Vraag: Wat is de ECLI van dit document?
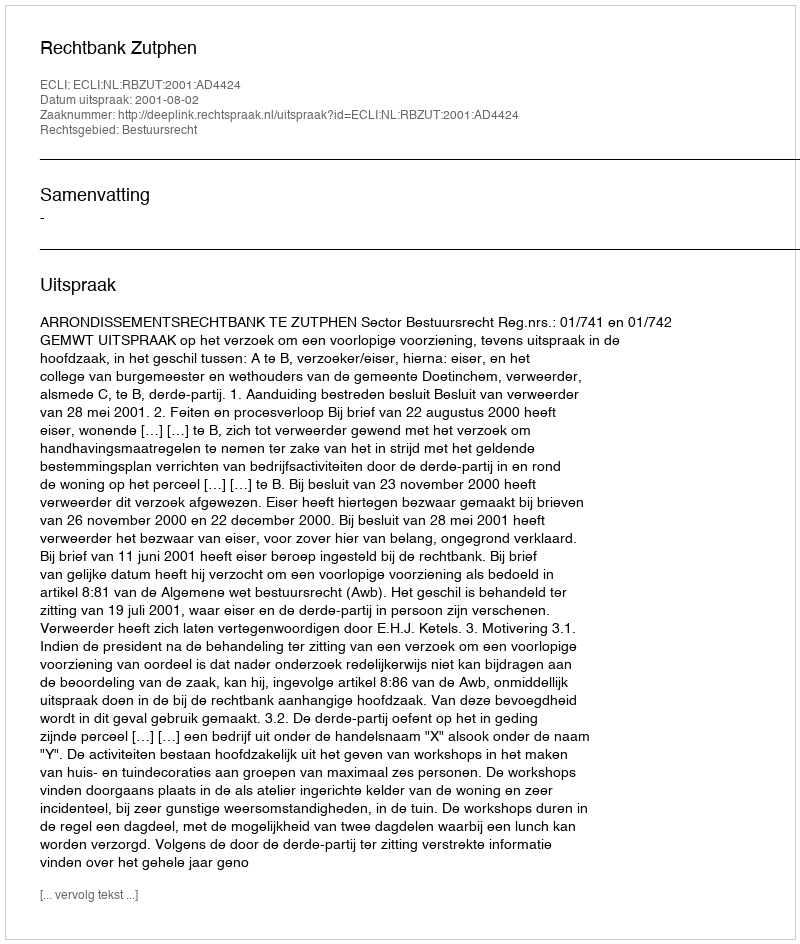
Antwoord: ECLI:NL:RBZUT:2001:AD4424